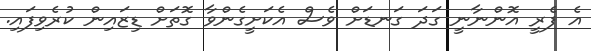
އެ ފެރީ އޮންނާނީ ގަދަ ގަނޑަށް ވެސް އެކަށީގެންވާ ގޮތަށް ޑިޒައިން ކުރެވިފައި.